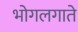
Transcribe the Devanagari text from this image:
भोगलगाते